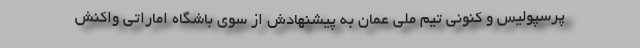
پرسپولیس و کنونی تیم ملی عمان به پیشنهادش از سوی باشگاه اماراتی واکنش